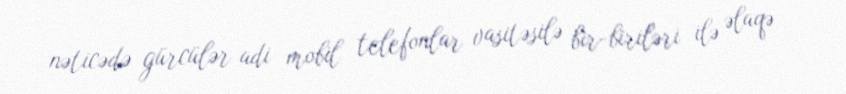
nəticədə gürcülər adi mobil telefonlar vasitəsilə bir-biriləri ilə əlaqə